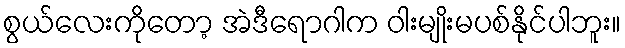
စွယ်လေးကိုတော့ အဲဒီရောဂါက ဝါးမျိုးမပစ်နိုင်ပါဘူး။